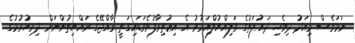
ނަމަވެސް މިއަދު ދިވެހި ދައުލަތުގެ ވަލިއްޔުލްއަމުރު އެ އިޢުތިރާފުވެވަޑައިގަތީ ރާއްޖޭގެ ރައްޔިތުންނަށް ދިރިހުރުމުގެ